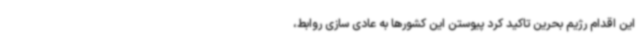
این اقدام رژیم بحرین تاکید کرد پیوستن این کشورها به عادی سازی روابط،